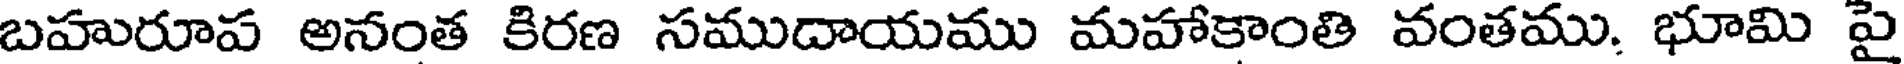
బహురూప అనంత కిరణ సముదాయము మహాకాంతి వంతము. భూమి పై